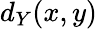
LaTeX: d_{Y}(x,y)